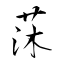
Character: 莯